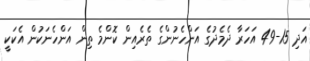
އަދި 15-49 އަހަރާ ދެމެދުގެ އަންހެނުންގެ ތެރެއިން ކޮންމެ ތިން އަންހެނަކުން އެކަކީ